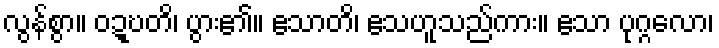
လွန်စွာ။ ဝဍ္ဎတိ၊ ပွား၏။ ဧသာတိ၊ ဧသဟူသည်ကား။ ဧသာ ပုဂ္ဂလော၊